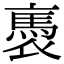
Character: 褭